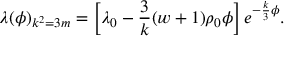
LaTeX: \lambda ( \phi ) _ { k ^ { 2 } = 3 m } = \left[ \lambda _ { 0 } - { \frac { 3 } { k } } ( w + 1 ) \rho _ { 0 } \phi \right] e ^ { - { \frac { k } { 3 } } \phi } .